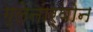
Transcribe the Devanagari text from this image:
ग्लेनार्वोन